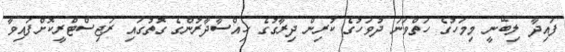
ފައިދާ ލިބޭނީ މިމަހުގެ ހަތްވަނަ ދުވަހުގެ ކުރިން ދިރާގުގެ ހިއްސާދާރުންގެ ގޮތުގައި ރަޖިސްޓްރީކޮށްފައިވާ